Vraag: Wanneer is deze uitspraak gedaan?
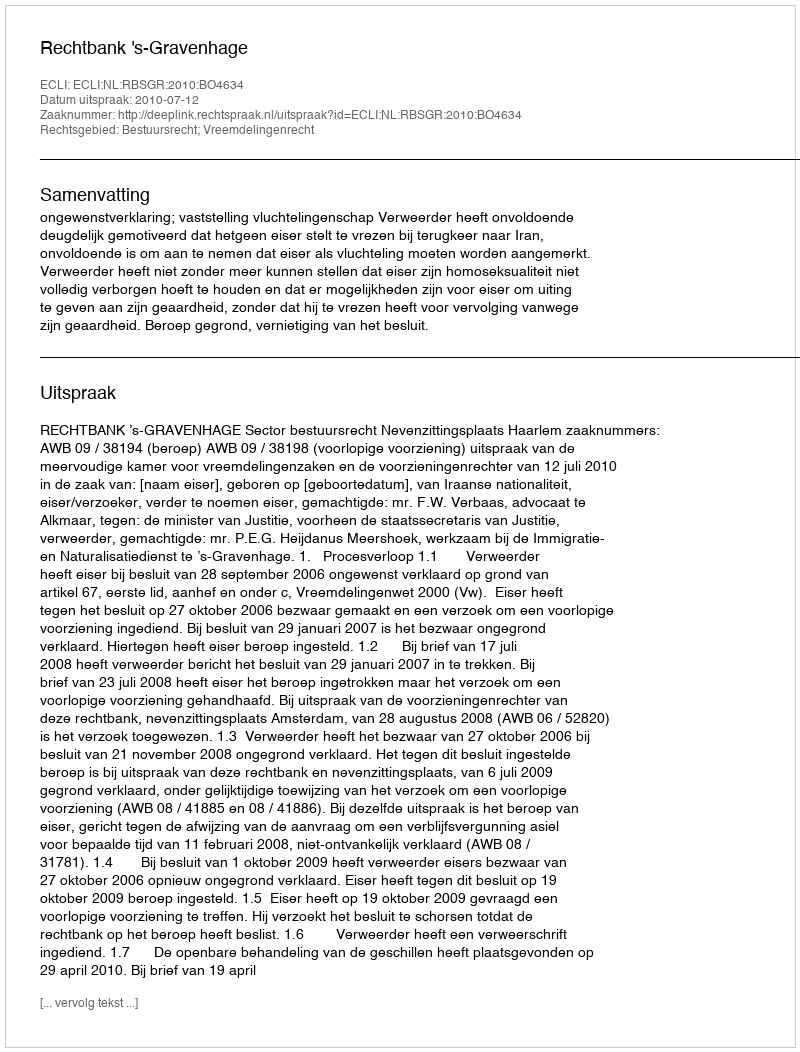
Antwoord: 2010-07-12